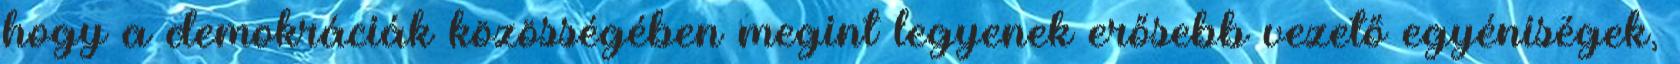
hogy a demokráciák közösségében megint legyenek erősebb vezető egyéniségek,